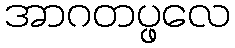
အာဂတပ္ဖလေ